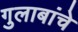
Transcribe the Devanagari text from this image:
गुलाबांचे